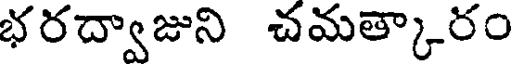
భరద్వాజుని చమత్కారం